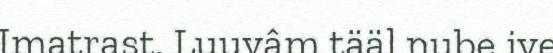
Imatrast. Luuvâm tääl nube ive